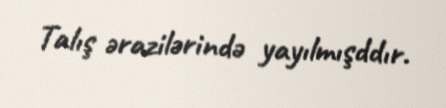
Talış ərazilərində yayılmışddır.